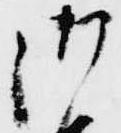
御